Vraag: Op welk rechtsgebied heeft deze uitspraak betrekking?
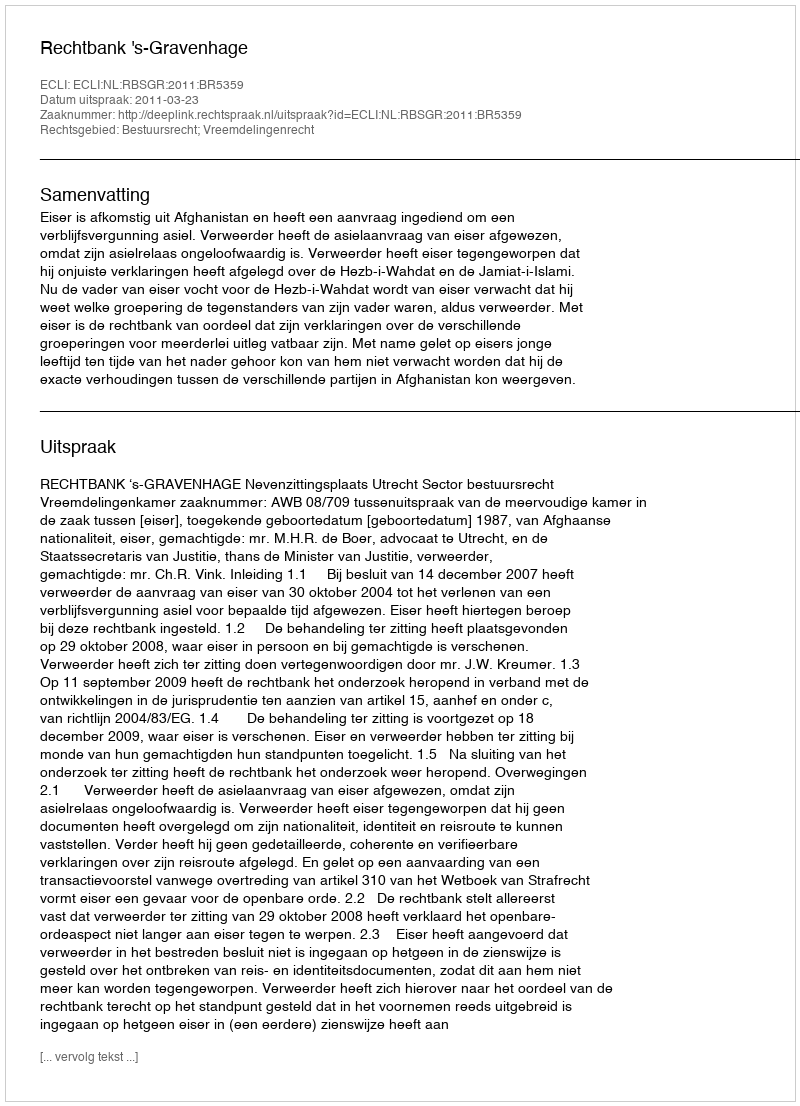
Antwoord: Bestuursrecht; Vreemdelingenrecht